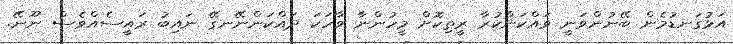
އަޅުގަނޑުމެން ބޭނުންވަނީ ވައްކަންކުރާ ރީތިކޮށް މީހުންނާ ވާހަކަ ދައްކަންނޭނގޭ ނައިބު ރައީސެއްވެސް ނޫނޭ.